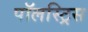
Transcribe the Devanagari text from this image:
पॉलस्ट्रिस